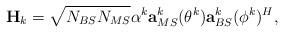
LaTeX: \begin{align*} \mathbf{H}_k = \sqrt{N_{BS}N_{MS}}\alpha^k \mathbf{a}_{MS}^k(\theta^k) \mathbf{a}_{BS}^k(\phi^k)^H,\end{align*}